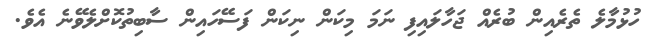
ހުޅުމާލެ ތެރެއިން ބުރެއް ޖަހާލައިފި ނަމަ މިކަން ނިކަން ފަސޭހައިން ސާބިތުކޮށްލެވޭނެ އެވެ.